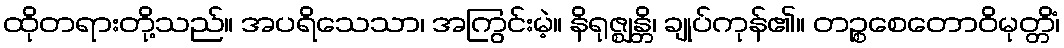
ထိုတရားတို့သည်။ အပရိသေသာ၊ အကြွင်းမဲ့။ နိရုဇ္ဈန္တိ၊ ချုပ်ကုန်၏။ တဉ္စစေတောဝိမုတ္တိံ၊